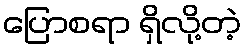
ပြောစရာ ရှိလို့တဲ့